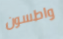
واطسون